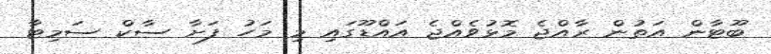
ބޫޓާން އަތުން ރާއްޖެ މޮޅުވެއްޖެ އައްޑޫގައި މި މަހު ފަށާ ސާކް ސަމިޓާ